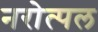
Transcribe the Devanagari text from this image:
नरोत्पल